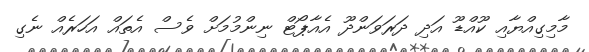
މާމިގިއްޔާއި ކޫއްޑޫ އަދި ދަރަވަންދޫ އެއާޕޯޓް ނިންމުމަށް ވެސް އެތައް އަހަރެއް ނެގި